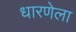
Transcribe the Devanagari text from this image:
धारणेला